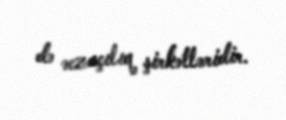
də əczaçılıq şirkətləridir.